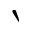
\backprime